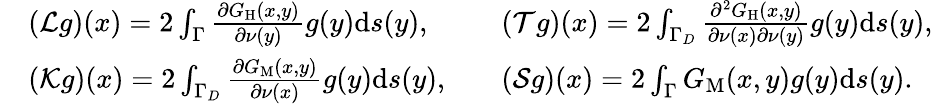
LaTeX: \begin{array}{rlrl}&{(\mathcal{L}g)(x)=2\int_{\Gamma}\frac{\partial G_{\mathrm{H}}(x,y)}{\partial\nu(y)}g(y)\mathrm{d}s(y),}&&{(\mathcal{T}g)(x)=2\int_{\Gamma_{D}}\frac{\partial^{2}G_{\mathrm{H}}(x,y)}{\partial\nu(x)\partial\nu(y)}g(y)\mathrm{d}s(y),}\\ &{(\mathcal{K}g)(x)=2\int_{\Gamma_{D}}\frac{\partial G_{\mathrm{M}}(x,y)}{\partial\nu(x)}g(y)\mathrm{d}s(y),}&&{(\mathcal{S}g)(x)=2\int_{\Gamma}G_{\mathrm{M}}(x,y)g(y)\mathrm{d}s(y).}\end{array}